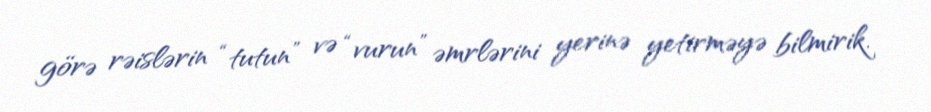
görə rəislərin “tutun” və “vurun” əmrlərini yerinə yetirməyə bilmirik.